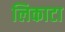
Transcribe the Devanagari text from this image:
लिकाटा